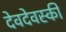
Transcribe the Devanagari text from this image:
देवदेवस्की